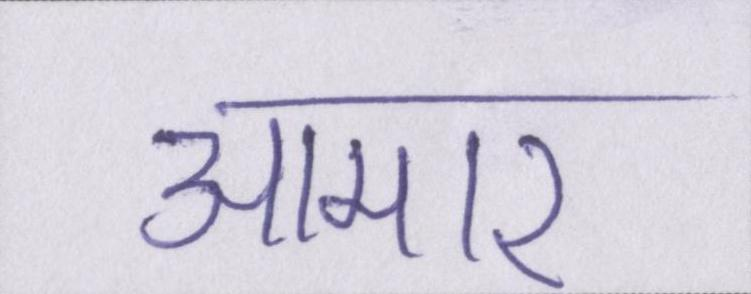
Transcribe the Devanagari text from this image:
आमार